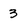
Character: 3